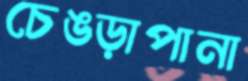
চেঙড়াপানা